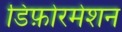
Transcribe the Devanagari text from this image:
डिफ़ोरमेशन